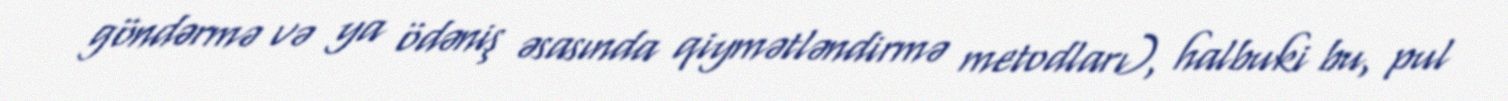
göndərmə və ya ödəniş əsasında qiymətləndirmə metodları), halbuki bu, pul